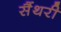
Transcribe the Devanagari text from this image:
सैंथरी